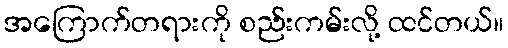
အကြောက်တရားကို စည်းကမ်းလို့ ထင်တယ်။